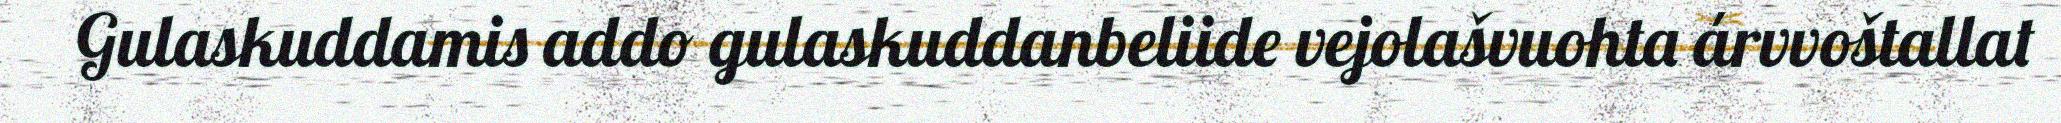
Gulaskuddamis addo gulaskuddanbeliide vejolašvuohta árvvoštallat